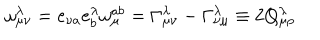
LaTeX: \omega _ { \mu \nu } ^ { \lambda } = e _ { \nu a } e _ { b } ^ { \lambda } \omega _ { \mu } ^ { a b } = \Gamma _ { \mu \nu } ^ { \lambda } - \Gamma _ { \nu \mu } ^ { \lambda } \equiv 2 Q _ { \mu \rho } ^ { \lambda }